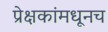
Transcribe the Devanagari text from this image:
प्रेक्षकांमधूनच